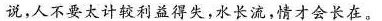
说，人不要太计较利益得失，水长流，情才会长在。